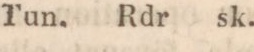
Rdr.